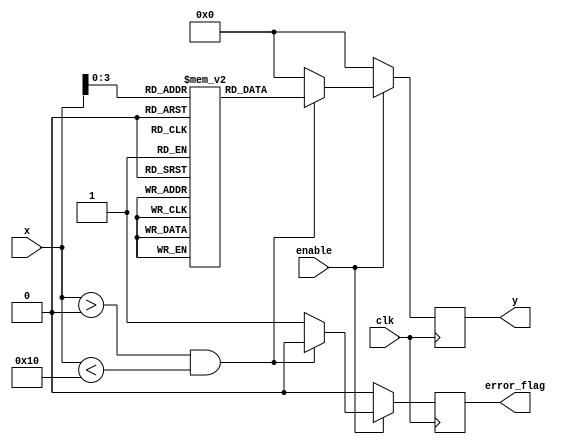
module LogarithmicFunctionGenerator (
    input wire clk,
    input wire enable,
    input wire [15:0] x, // 16-bit fixed-point input
    output reg [15:0] y, // 16-bit fixed-point output
    output reg error_flag // Error flag for invalid input
);

    // Lookup table for log values (base 10) for input values 1 to 16
    reg [15:0] log_lut [0:15];
    
    initial begin
        // Initialize the lookup table with log10 values (scaled)
        log_lut[0] = 16'h0000; // log10(0) is undefined
        log_lut[1] = 16'h0000; // log10(1) = 0
        log_lut[2] = 16'h0A3D; // log10(2) ~ 0.3010 * 2^15
        log_lut[3] = 16'h0B2D; // log10(3) ~ 0.4771 * 2^15
        log_lut[4] = 16'h0C00; // log10(4) ~ 0.6021 * 2^15
        log_lut[5] = 16'h0C8D; // log10(5) ~ 0.6990 * 2^15
        log_lut[6] = 16'h0D00; // log10(6) ~ 0.7781 * 2^15
        log_lut[7] = 16'h0D3D; // log10(7) ~ 0.8451 * 2^15
        log_lut[8] = 16'h0D6D; // log10(8) ~ 0.9030 * 2^15
        log_lut[9] = 16'h0D9A; // log10(9) ~ 0.9542 * 2^15
        log_lut[10] = 16'h0E00; // log10(10) = 1
        log_lut[11] = 16'h0E2D; // log10(11) ~ 1.0414 * 2^15
        log_lut[12] = 16'h0E4D; // log10(12) ~ 1.0792 * 2^15
        log_lut[13] = 16'h0E6D; // log10(13) ~ 1.1139 * 2^15
        log_lut[14] = 16'h0E8D; // log10(14) ~ 1.1461 * 2^15
        log_lut[15] = 16'h0EAA; // log10(15) ~ 1.1761 * 2^15
    end

    always @(posedge clk) begin
        if (enable) begin
            if (x > 0 && x < 16) begin
                y <= log_lut[x]; // Lookup the logarithm value
                error_flag <= 0; // No error
            end else begin
                y <= 16'h0000; // Default output for invalid input
                error_flag <= 1; // Set error flag
            end
        end else begin
            y <= 16'h0000; // Output zero when not enabled
            error_flag <= 0; // Clear error flag
        end
    end

endmodule